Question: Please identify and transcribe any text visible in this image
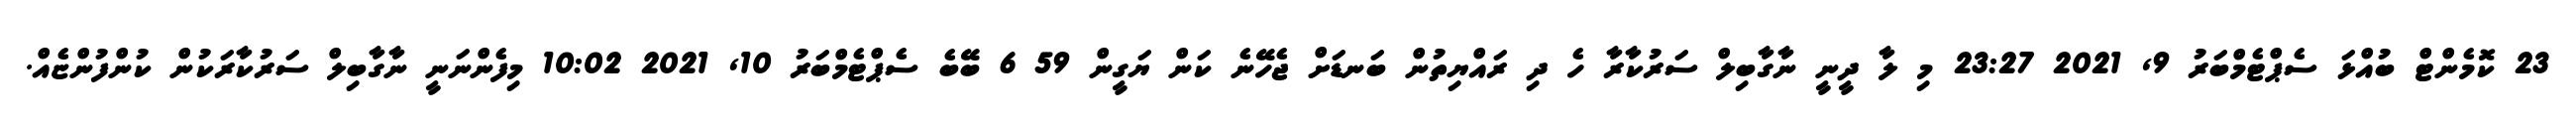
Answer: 23 ކޮމެންޓް ބުއްޅަ ސެޕްޓެމްބަރު 9, 2021 23:27 މި ލާ ދީނީ ނާގާބިލް ސަރުކާރާ ހެ ދި ރައްޔިތުން ބަނޑަށް ޖެހޭނެ ކަން ޔަގީން 59 6 ބޭބެ ސެޕްޓެމްބަރު 10, 2021 10:02 މިފެންނަނީ ނާގާބިލް ސަރުކާރަކުން ކުންފުންޏެއް.